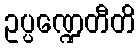
ဥပ္ပဏ္ဍေတီတိ